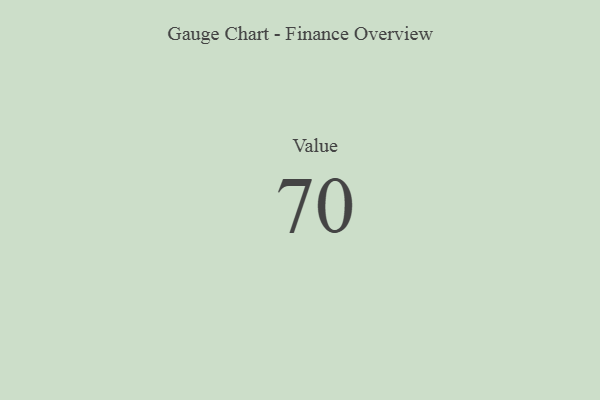
{"axis": {"x": "Metric", "y": "Value"}, "legend": [""], "data": [{"x": "Value", "y": 70, "type": ""}]}